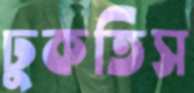
ঢুকতিস